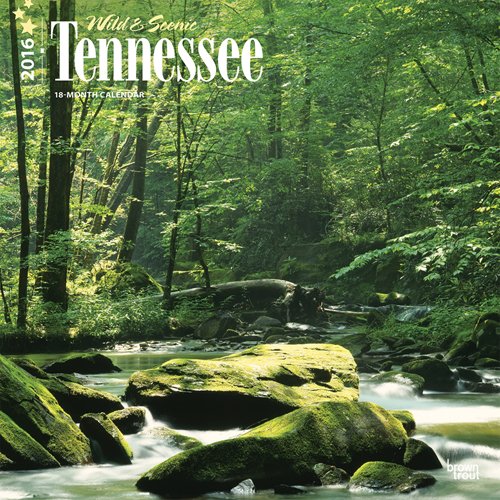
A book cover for Tennessee, Wild & Scenic 2016 Square 12x12; Browntrout Publishers; Calendars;